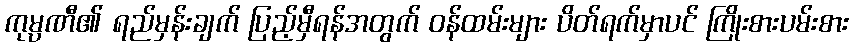
ကုမ္ပဏီ၏ ရည်မှန်းချက် ပြည့်မှီရန်အတွက် ဝန်ထမ်းများ ပိတ်ရက်မှာပင် ကြိုးစားပမ်းစား